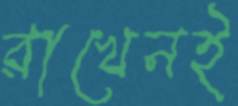
রাখেনই